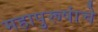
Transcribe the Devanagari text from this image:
महापुरूषांचे